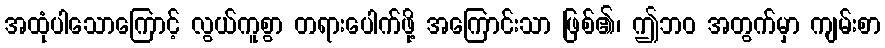
အထုံပါသောကြောင့် လွယ်ကူစွာ တရားပေါက်ဖို့ အကြောင်းသာ ဖြစ်၏၊ ဤဘဝ အတွက်မှာ ကျမ်းစာ